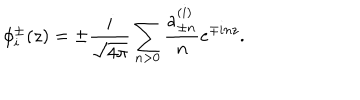
\phi _ { i } ^ { \pm } ( z ) = \pm \frac { i } { \sqrt { 4 \pi } } \sum _ { n > 0 } \frac { a _ { \pm n } ^ { ( i ) } } { n } e ^ { \mp i n z } .